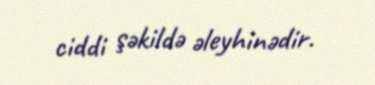
ciddi şəkildə əleyhinədir.